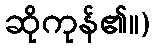
ဆိုကုန်၏။)